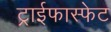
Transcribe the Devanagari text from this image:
ट्राईफास्फेट